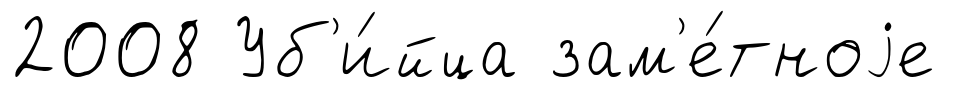
2008 Уб'и́йца зам'е́тноjе